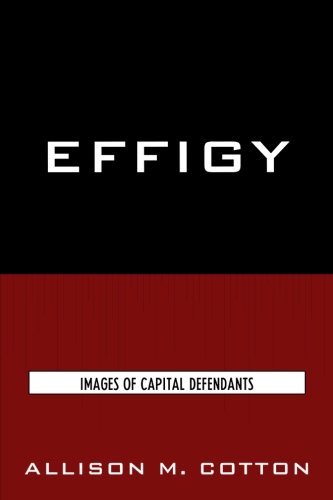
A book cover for Effigy: Images of Capital Defendants (Issues in Crime and Justice); Allison M. Cotton; Law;